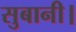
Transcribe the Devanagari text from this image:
सुबानी।